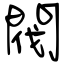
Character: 閥